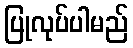
ပြုလုပ်ပါမည်